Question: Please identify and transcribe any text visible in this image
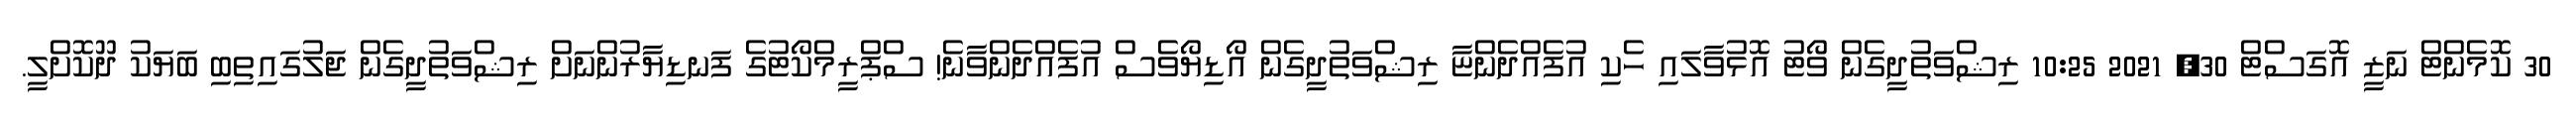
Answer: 30 ކޮމެންޓް ނަޒީ އޮގަސްޓް 30, 2021 10:25 ރިޝްވަތުދީގެން ވޯޓު އޮޅުވާލައި ހެކި އުފެއްދެންޏާ ރިޝްވަތުދީގެން އޯޑިޔޯވެސް އުފެއްދެންވާނެ! ސްޕްރީމްކޯޓުގެ ފަނޑިޔާރުންނަށް ރިޝްވަތުދީގެން ޖަލުގައިތިބި ބަޔަކު ދޫކޮށްލީ.